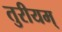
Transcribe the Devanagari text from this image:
तुरीयम्